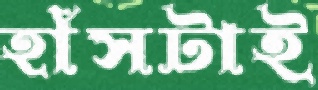
হাঁসটাই